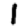
Digit: 1